Indian journal of veterinary science and animal husbandry - Volumes 18-21, 1948-1951
Year: 1948
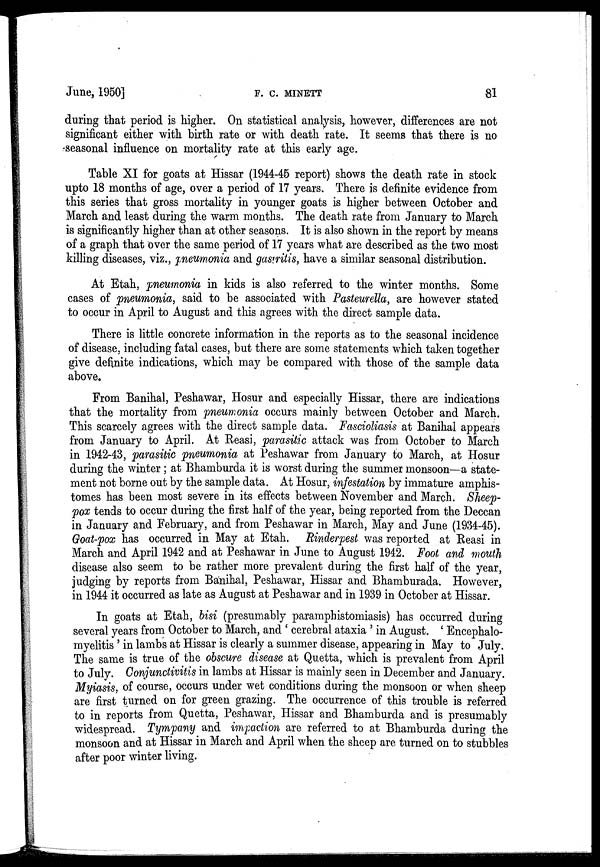
June, 1950]
F.
C.
MINETT
81
during that period is higher. On statistical analysis, however, differences are not
significant either with birth rate or with death rate. It seems that there is no
seasonal influence on mortality rate at this early age.
Table XI for goats at Hissar (1944-45 report) shows the death rate in stock
upto 18 months of age, over a period of 17 years. There is definite evidence from
this series that gross mortality in younger goats is higher between October and
March and least during the warm months. The death rate from January to March
is significantly higher than at other seasons. It is also shown in the report by means
of a graph that over the same period of 17 years what are described as the two most
killing diseases, viz., pneumonia and gastritis, have a similar seasonal distribution.
At Etah, pneumonia in kids is also referred to the winter months. Some
cases of pneumonia, said to be associated with Pasteurella, are however stated
to occur in April to August and this agrees with the direct sample data.
There is little concrete information in the reports as to the seasonal incidence
of disease, including fatal cases, but there are some statements which taken together
give definite indications, which may be compared with those of the sample data
above.
From Banihal, Peshawar, Hosur and especially Hissar, there are indications
that the mortality from pneumonia occurs mainly between October and March.
This scarcely agrees with the direct sample data. Fascioliasis at Banihal appears
from January to April. At Reasi, parasitic attack was from October to March
in 1942-43, parasitic pneumonia at Peshawar from January to March, at Hosur
during the winter ; at Bhamburda it is worst during the summer monsoon—a state-
ment not borne out by the sample data. At Hosur, infestation by immature amphis-
tomes has been most severe in its effects between November and March. Sheep-
pox tends to occur during the first half of the year, being reported from the Deccan
in January and February, and from Peshawar in March, May and June (1934-45).
Goat-pox has occurred in May at Etah. Rinderpest was reported at Reasi in
March and April 1942 and at Peshawar in June to August 1942. Foot and mouth
disease also seem to be rather more prevalent during the first half of the year,
judging by reports from Banihal, Peshawar, Hissar and Bhamburada. However,
in 1944 it occurred as late as August at Peshawar and in 1939 in October at Hissar.
In goats at Etah, bisi (presumably paramphistomiasis) has occurred during
several years from October to March, and ' cerebral ataxia ' in August. ' Encephalo-
myelitis ' in lambs at Hissar is clearly a summer disease, appearing in May to July.
The same is true of the obscure disease at Quetta, which is prevalent from April
to July. Conjunctivitis in lambs at Hissar is mainly seen in December and January.
Myiasis, of course, occurs under wet conditions during the monsoon or when sheep
are first turned on for green grazing. The occurrence of this trouble is referred
to in reports from Quetta, Peshawar, Hissar and Bhamburda and is presumably
widespread. Tympany and impaction are referred to at Bhamburda during the
monsoon and at Hissar in March and April when the sheep are turned on to stubbles
after poor winter living.